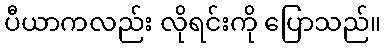
ပီယာကလည်း လိုရင်းကို ပြောသည်။